Annual statistical returns and brief notes on vaccination in Bengal - 1896-1909
Year: 1896
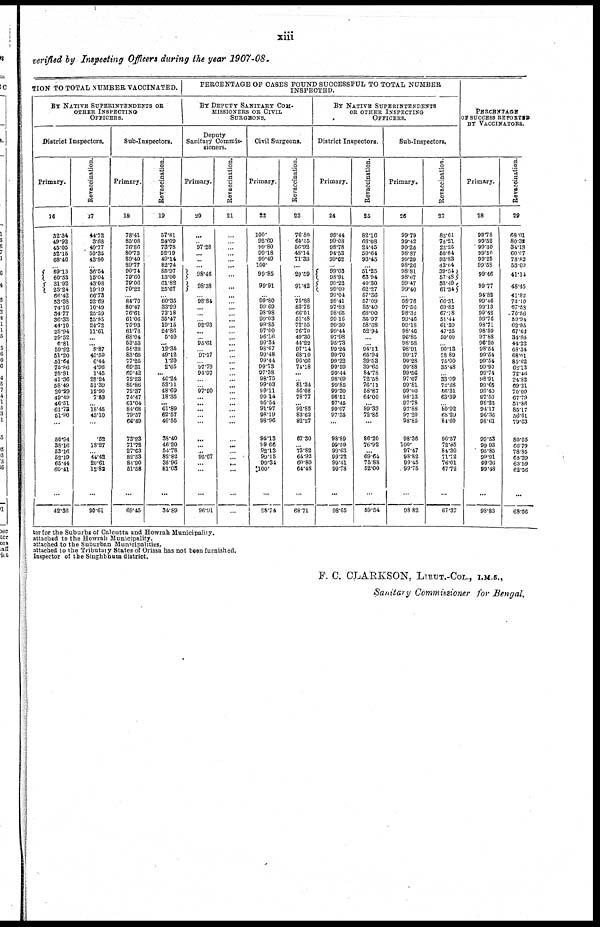
xiii
verified by Inspecting Officers during the year 1907-08.
TION TO TOTAL NUMBER VACCINATED.
BY NATIVE SUPERINTENDENTS OR
OTHER INSPECTING
OFFICERS.
District Inspectors.
Primary.
16
32.34
49.92
45.05
52.15
68.46
... 69.15
60.53
31.92
25.24
66.42
53.38
74.16
34.77
36.33
44.10
28.94
29.52
6.81
59.92
51.20
51.64
75.86
28.81
41.36
58.49
20.29
49.49
46.51
61.73
61.90
...
50.94
38.16
53.16
52.19
65.44
60.41
...
42.36
Revaccination.
17
44.72
3.68
49.77
50.35
43.80
... 36.54
15.04
43.08
19.19
66.73
52.69
10.49
25.59
25.85
24.72
11.61
...
... 8.87
40.59
6.44
4.96
1.45
28.24
51.39
12.90
7.83
... 18.45
43.10
...
.52
18.27
... 44.42
20.61
12.82
...
20.61
Sub-Inspectors.
Primary.
18
78.41
85.08
76.86
80.73
89.40
89.77
90.74
79.60
79.06
70.22
... 84.70
80.47
76.61
61.06
75.93
61.78
68.04
53.53
58.38
83.68
77.25
69.31
69.42
72.23
80.86
72.37
74.47
61.04
84.68
79.57
66.49
73.23
71.72
27.03
82.53
84.90
51.58
...
69.45
Revaccination.
19
57.81
24.09
73.78
52.19
49.14
82.74
85.97
13.00
61.82
25.67
... 60.35
33.29
72.18
35.47
19.15
24.86
5.40
... 12.36
49.12
1.20
2.65
... 46.24
53.11
48.69
18.35
... 61.89
62.57
46.55
38.40
46.20
54.78
82.82
35.96
81.03
...
34.89
PERCENTAGE OF CASES FOUND SUCCESSFUL TO TOTAL NUMBER
INSPECTED.
BY DEPUTY
SANITARY COM-
MISSIONERS OR CIVIL
SURGEONS.
Deputy
Sanitary Commis-
sioners.
Primary.
20
...
... 97.28
...
...
...
98.46
98.38
... 98.84
...
...
... 92.93
...
... 95.61
... 97.17
... 97.79
94.97
...
... 97.90
...
...
...
...
...
...
... ...
95.07
... ...
...
96.91
Revaccination.
21
...
...
... ...
... ...
...
...
...
... ...
... ...
...
...
... ...
... ...
...
...
... ...
...
...
...
...
...
... ...
...
...
...
... ...
...
...
...
Civil Surgeons.
Primary.
22
100.
92.69
99.80
99.18
99.49
100.
99.85
99.91
... 99.80
99.69
98.98
99.03
99.85
97.00
96.16
99.34
98.07
99.48
99.44
99.73
97.38
98.75
99.03
99.11
99.14
95.54
91.97
98.19
98.96
95.13
89.66
92.13
99.15
99.34
100.
...
95.74
Revaccination.
23
76.80
65.55
56.92
48.14
71.33
...
29.59
91.42
... 75.88
83.78
66.51
51.48
72.55
76.70
49.30
44.22
97.14
68.10
96.66
74.18
...
... 81.34
56.08
78.77
... 92.85
83.62
82.27
67.30
... 73.82
64.92
60.80
64.48
...
68.71
BY NATIVE SUPERINTENDENTS
OR OTHER INSPECTING
OFFICERS.
District Inspectors.
Primary.
24
99.44
99.08
98.78
94.53
99.62
... 99.03
98.91
99.22
99.09
99.04
99.41
97.83
98.65
99.16
99.30
99.44
97.98
95.73
99.24
99.70
99.22
99.59
99.44
98.69
99.85
99.30
98.51
97.45
99.07
97.35
...
98.89
99.59
99.63
99.22
99.41
99.78
...
98.65
Revaccination.
25
82.16
68.08
24.45
50.64
93.45
... 51.25
63.94
40.30
62.27
57.36
57.09
83.40
68.00
35.97
58.68
52.94
...
... 94.11
65.94
39.53
39.65
84.78
72.58
76.11
58.87
64.00
...
89.33
72.85
...
86.20
76.92
... 69.64
75.88
52.00
...
59.54
Sub-Inspectors.
Primary.
26
99.79
99.42
99.26
98.87
99.29
98.26
98.81
98.67
99.47
99.40
... 98.76
97.56
98.32
99.46
99.18
98.46
96.85
98.58
98.91
99.17
99.28
99.88
99.56
97.67
99.81
99.00
98.13
97.78
97.88
97.20
98.85
98.36
100.
97.47
98.82
99.45
99.75
...
98.82
Revaccination.
27
82.61
78.21
22.25
56.84
93.83
43.04
39.64
57.48
33.49
61.34
... 66.31
69.83
67.18
51.44
61.39
47.25
50.00
... 90.13
78.89
75.00
35.48
... 33.99
72.28
56.31
63.39
... 80.92
68.29
84.60
96.57
72.85
84.30
71.72
76.01
67.72
...
67.37
PERCENTAGE
OF SUCCESS REPORTED
BY VACCINATORS.
Primary.
28
99.78
99.52
99.30
99.50
99.25
99.58
99.46
99.77
94.82
99.46
99.13
99.42
99.76
98.71
98.59
97.88
96.20
98.54
99.54
99.54
99.90
99.74
98.91
99.65
99.40
97.50
98.23
94.17
96.36
98.61
99.53
99.93
95.85
99.91
89.36
99.48
...
98.83
Revaccination.
29
68.01
80.31
34.18
60.07
78.82
53.09
41.14
48.45
41.82
73.10
67.58
70.56
59.94
62.95
67.67
34.86
44.22
68.34
68.01
85.62
62.13
72.46
24.82
69.21
70.00
67.79
51.86
85.17
56.61
79.63
80.05
66.79
78.35
68.39
63.59
62.56
...
68.56
tor for the Suburbs of Calcutta and Howrah Municipality.
attached to the Howrah Municipality.
attached to the Suburban Municipalities.
attached to the Tributery States of Orissa has not been furnished.
Inspector of the Singhbhum district.
F. C. CLARKSON, LIEUT.-COL., I.M.S.,
Sanitary Commissioner for Bengal.